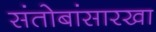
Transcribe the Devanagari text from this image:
संतोबांसारखा